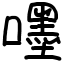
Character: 嚜